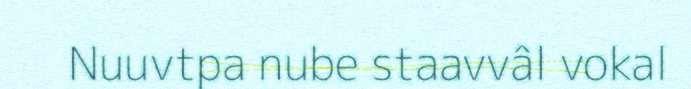
Nuuvtpa nube staavvâl vokal